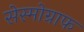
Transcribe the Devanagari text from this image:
सेस्मोग्राफ